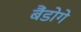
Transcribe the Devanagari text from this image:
बैंडोगे